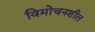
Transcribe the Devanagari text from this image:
विमोचनशील